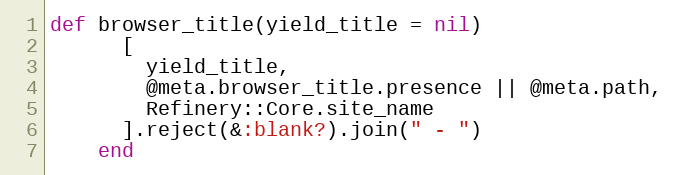
Language: Ruby
def browser_title(yield_title = nil)
      [
        yield_title,
        @meta.browser_title.presence || @meta.path,
        Refinery::Core.site_name
      ].reject(&:blank?).join(" - ")
    end